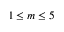
1 \le m \le 5